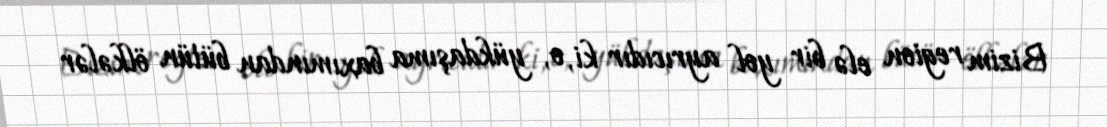
Bizim region elə bir yol ayrıcıdır ki, o, yükdaşıma baxımından bütün ölkələr